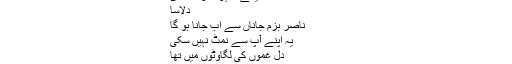
میں عشق ذات ہوں چہرہ بدل کے آئی ہوں
ایک اردو غزل از ناصر ملک
اُس نگر گئے تم بھی
خیمے ، لہو ، نوکِ سناں
دِلاسا
ناصر بزمِ جاناں سے اَب جانا ہو گا
یہ اپنے آپ سے نمٹ نہیں سکی
دل غموں کی لگاوٹوں میں تھا
وہ ہجر ، وہ ستم کہاں
تخیل سے بھی ماورا دیکھ لیتا
رات کے پچھلے پہر نے کہہ دیا ہے آج بھی
سنو!